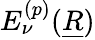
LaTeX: E_{\nu}^{(p)}(\underline{{R}})